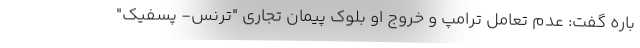
باره گفت: عدم تعامل ترامپ و خروج او بلوک پیمان تجاری "ترنس- پسفیک"